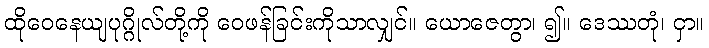
ထိုဝေနေယျပုဂ္ဂိုလ်တို့ကို ဝေဖန်ခြင်းကိုသာလျှင်။ ယောဇေတွာ၊ ၍။ ဒေဿတုံ၊ ငှာ။